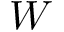
W